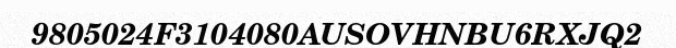
9805024F3104080AUSOVHNBU6RXJQ2